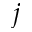
j